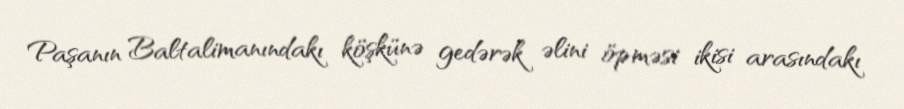
Paşanın Baltalimanındakı köşkünə gedərək əlini öpməsi ikisi arasındakı